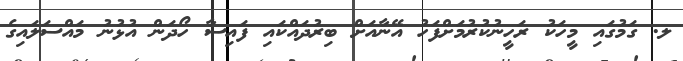
ލ. ގަމުގައި މީހަކު ރަހީނުކުރުމަށްފަހު އޭނާއަށް ބިރުދައްކައި ފައިސާ ހޯދަން އުޅުނު މައްސަލައިގެ